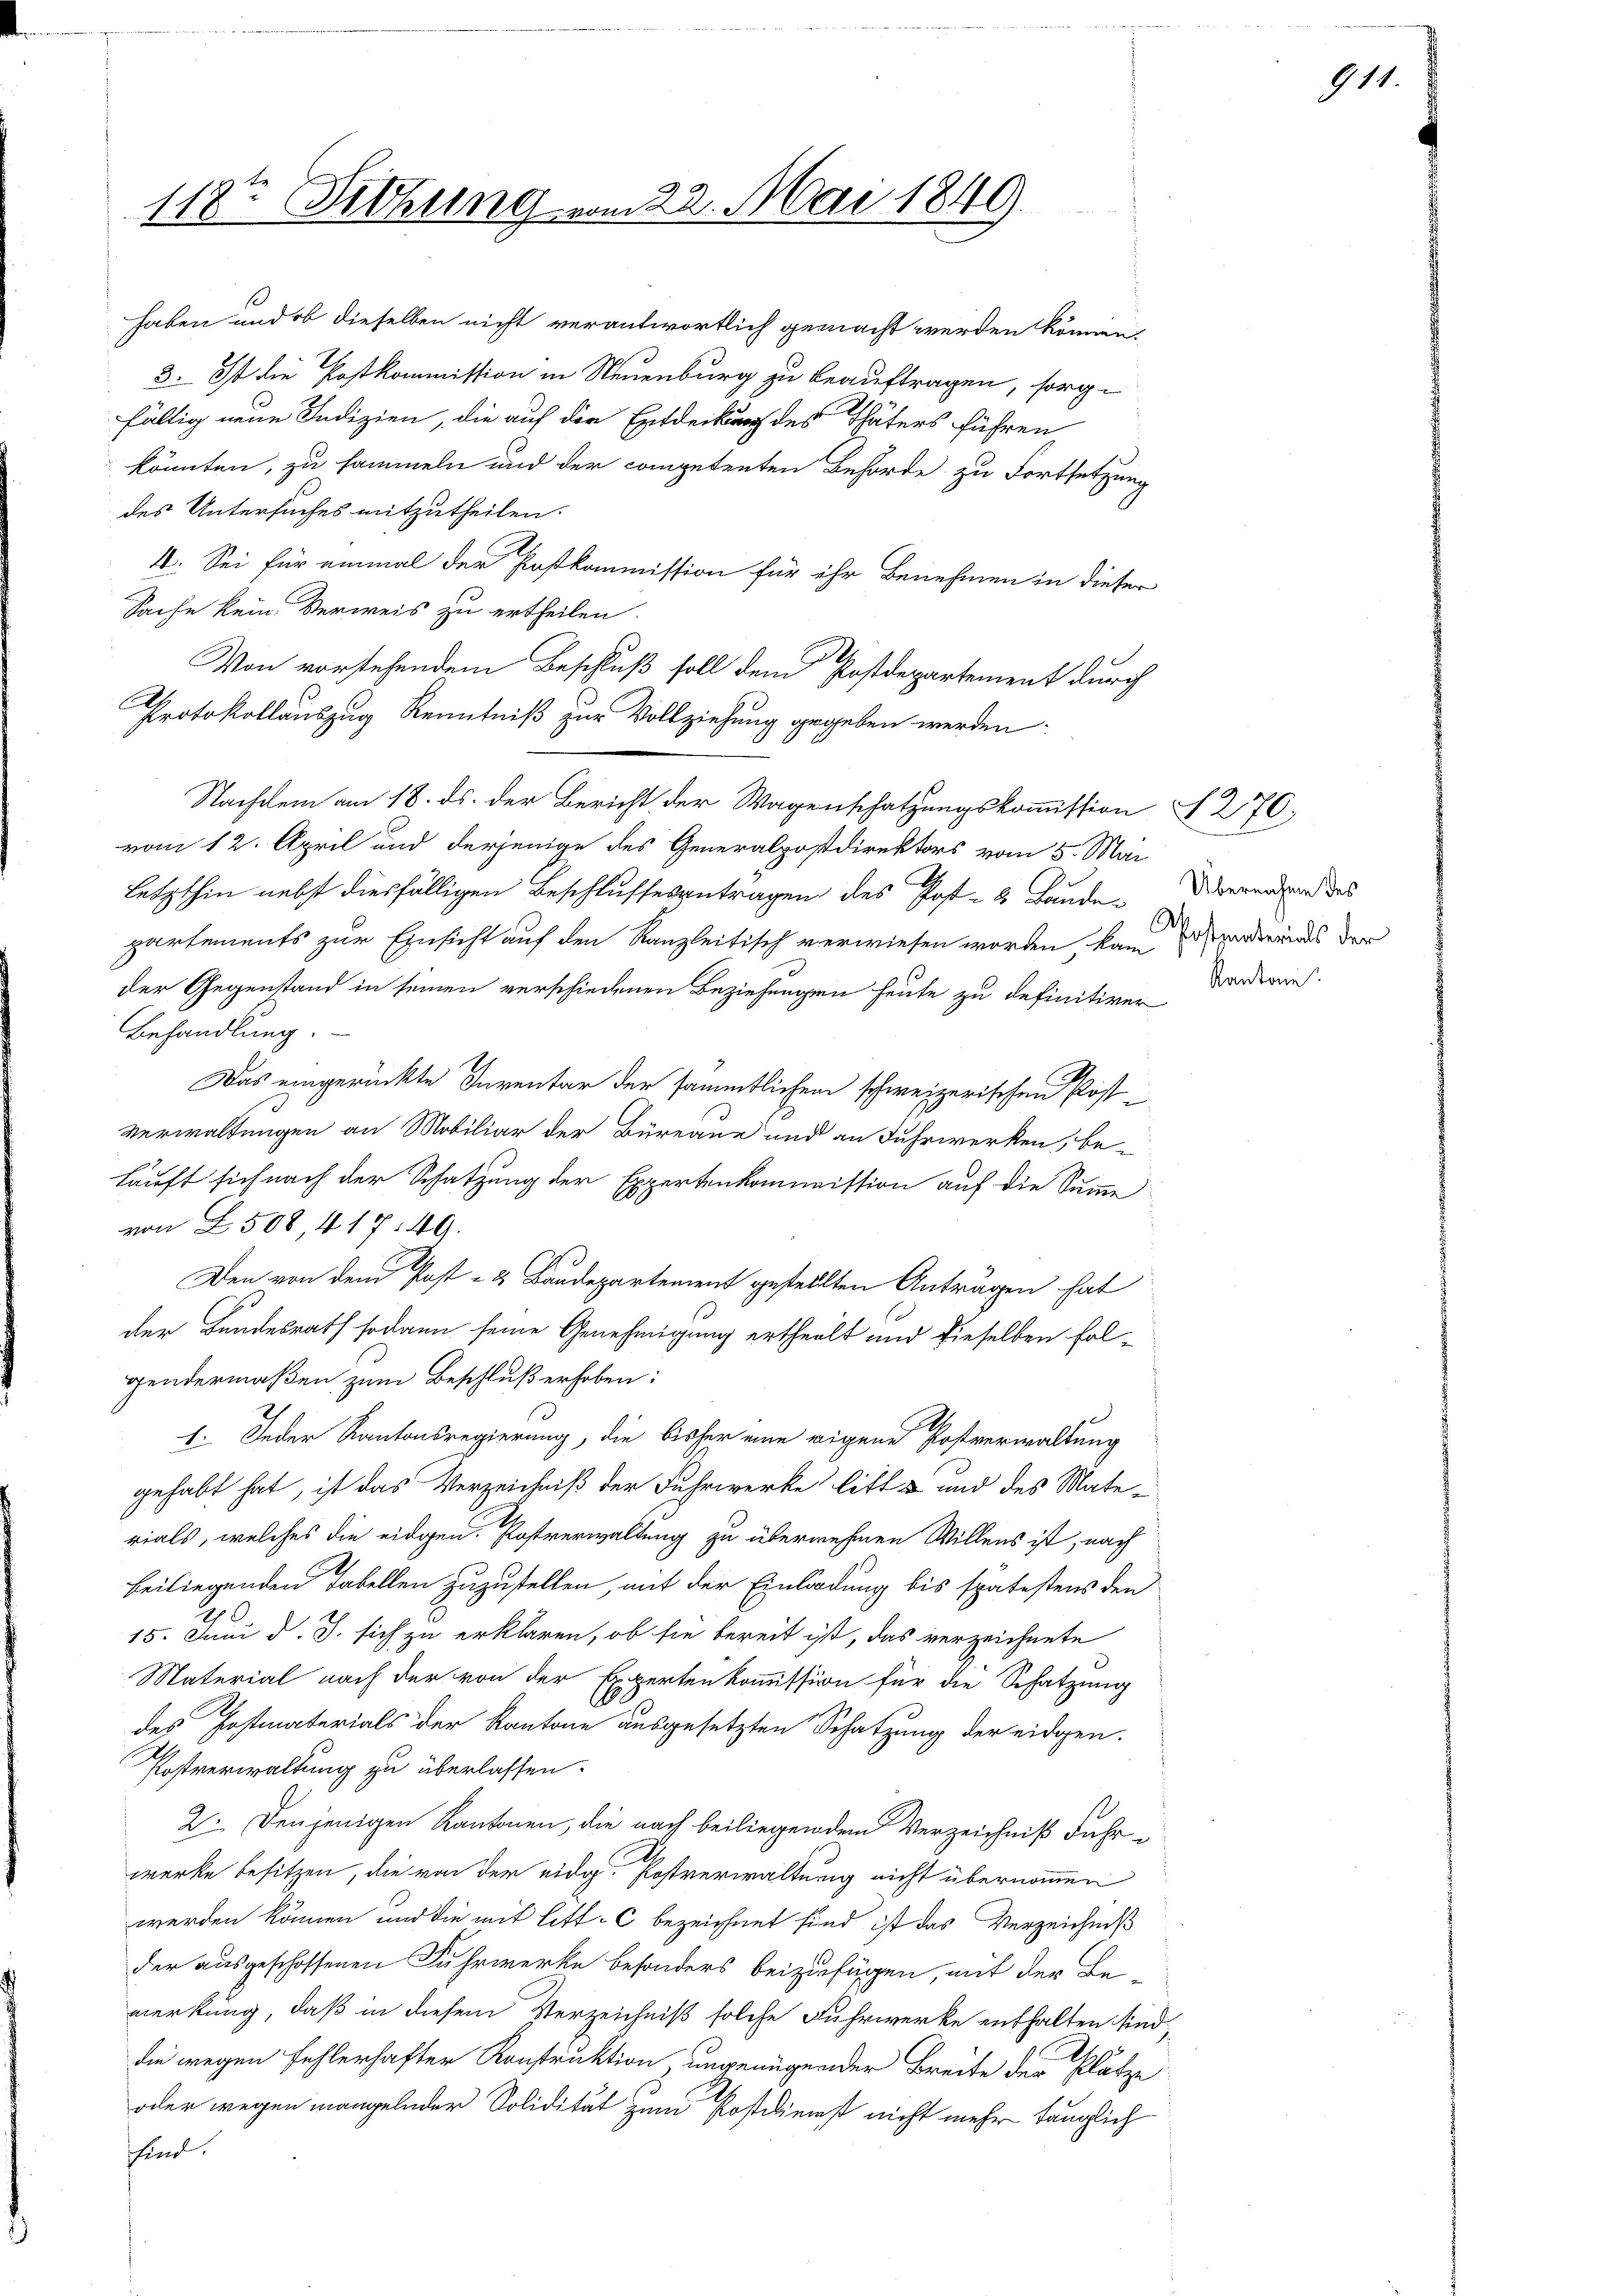
118te Sitzung vom 22. Mai 1849.

Nachdem am 18. ds. der Bericht der Wagenschatzungskommission § 276.
vom 12. April und derjenige des Generalpostdirektors vom 5. Mai
letzthin nebst diesfälligen Beschlussesantragen des Post- & Bundepartements zur Einsicht auf den Kanzleitisch verwiesen worden, kam anderends der
der Gegenstand in seinen verschiedenen Beziehungen heute zu definitiver
Behandlung.
Das eingerückte Inventar der sämmtlichem schweizerischen Postverwaltungen an Mobiliar der Büreaue und an Fuhrwerken, be-
kauft sich nach der Schatzung der Expertenkommission auf die Summe
von L. 508, 417. 49.
Den von dem Post- & Baudepartement gestellten Anträgen hat
der Bundesrath sodann seine Genehmigung ertheilt und dieselben Folgendermaßen zum Beschluß erhoben:
E. Jeder Kantonsregierung, die bisher eine eigene Postverwaltung
gehabt hat, ist das Verzeichniß der Fuhrwerke litt & und des Mate-
rials, welches die eidgen. Postverwaltung zu übernehmen Willens ist, nach
beiliegenden Tabellen zuzustellen, mit der Einladung bis spätestens den
2
15. Juni d. J. sich zu erklären, ob sie bereit ist, das verzeichnete
Material nach der von der Expertenkommission für die Schatzung
des Postmaterials der Kantone ausgesetzten Schatzung der eidgen.
Postverwaltung zu überlassen.
2. Denjenigen Kantonen, die nach beiliegen dem Verzeichniß Jahre
werke besitzen, die von der eidg. Postverwaltung nicht übernommen
werden können und die mit litt. C bezeichnet sind ist das Verzeichniß
der ausgeschossenen Fuhrwerke besonders beizufügen, mit der Be-
merkung, daß in diesem Verzeichniß solche Fuhrwerke enthalten sie
die wegen fehlerhafter Konstruktion, ungenügender Breite der Plätze
oder wegen mangelnder Solidität zum Kostilienst nicht mehr länglich
sfind.

haben und ob dieselben nicht verantwortlich gemacht werden können,
3. Ist die Postkommission in Neuenburg zu beauftragen, sorgfältig neue Indizien, die auf der Entdeckung des Thäters führen
könnten, zu sammeln und der competenten Behörde zu Fortsetzung
des Untersuches mitzutheilen.
4. Sei für einmal der Postkommission für ihr Benehmen in dieser
Sache keine Verweis zu ertheilen.
Von vorstehendem Beschluß soll dem Postdepartement durch
Protokollauszug Kenntniß zur Vollziehung gegeben werden.

Übernahme des
Kantone

i

911.